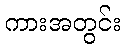
ကားအတွင်း